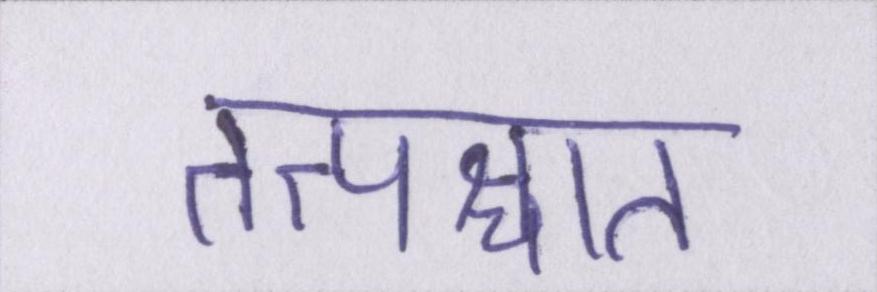
तत्पश्चात